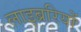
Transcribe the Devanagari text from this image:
लाइब्ररियों